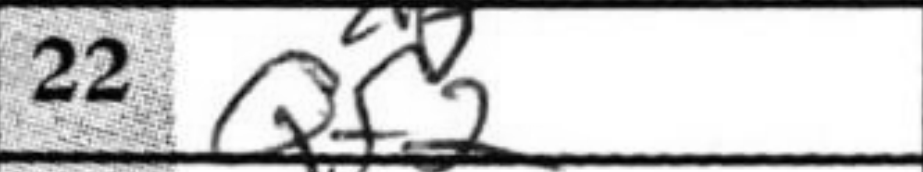
Transcription: Qf2